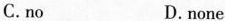
C.no D.none